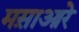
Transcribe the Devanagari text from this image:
मस़ाआरे